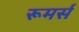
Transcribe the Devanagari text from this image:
रूमर्स